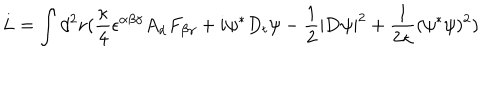
L = \int d ^ { 2 } { \bf r } ( { \frac { \kappa } { 4 } } \epsilon ^ { \alpha \beta \gamma } A _ { \alpha } F _ { \beta \gamma } + i \psi ^ { \ast } D _ { t } \psi - { \frac { 1 } { 2 } } | { \bf D } \psi | ^ { 2 } + { \frac { 1 } { 2 \kappa } } ( \psi ^ { \ast } \psi ) ^ { 2 } )